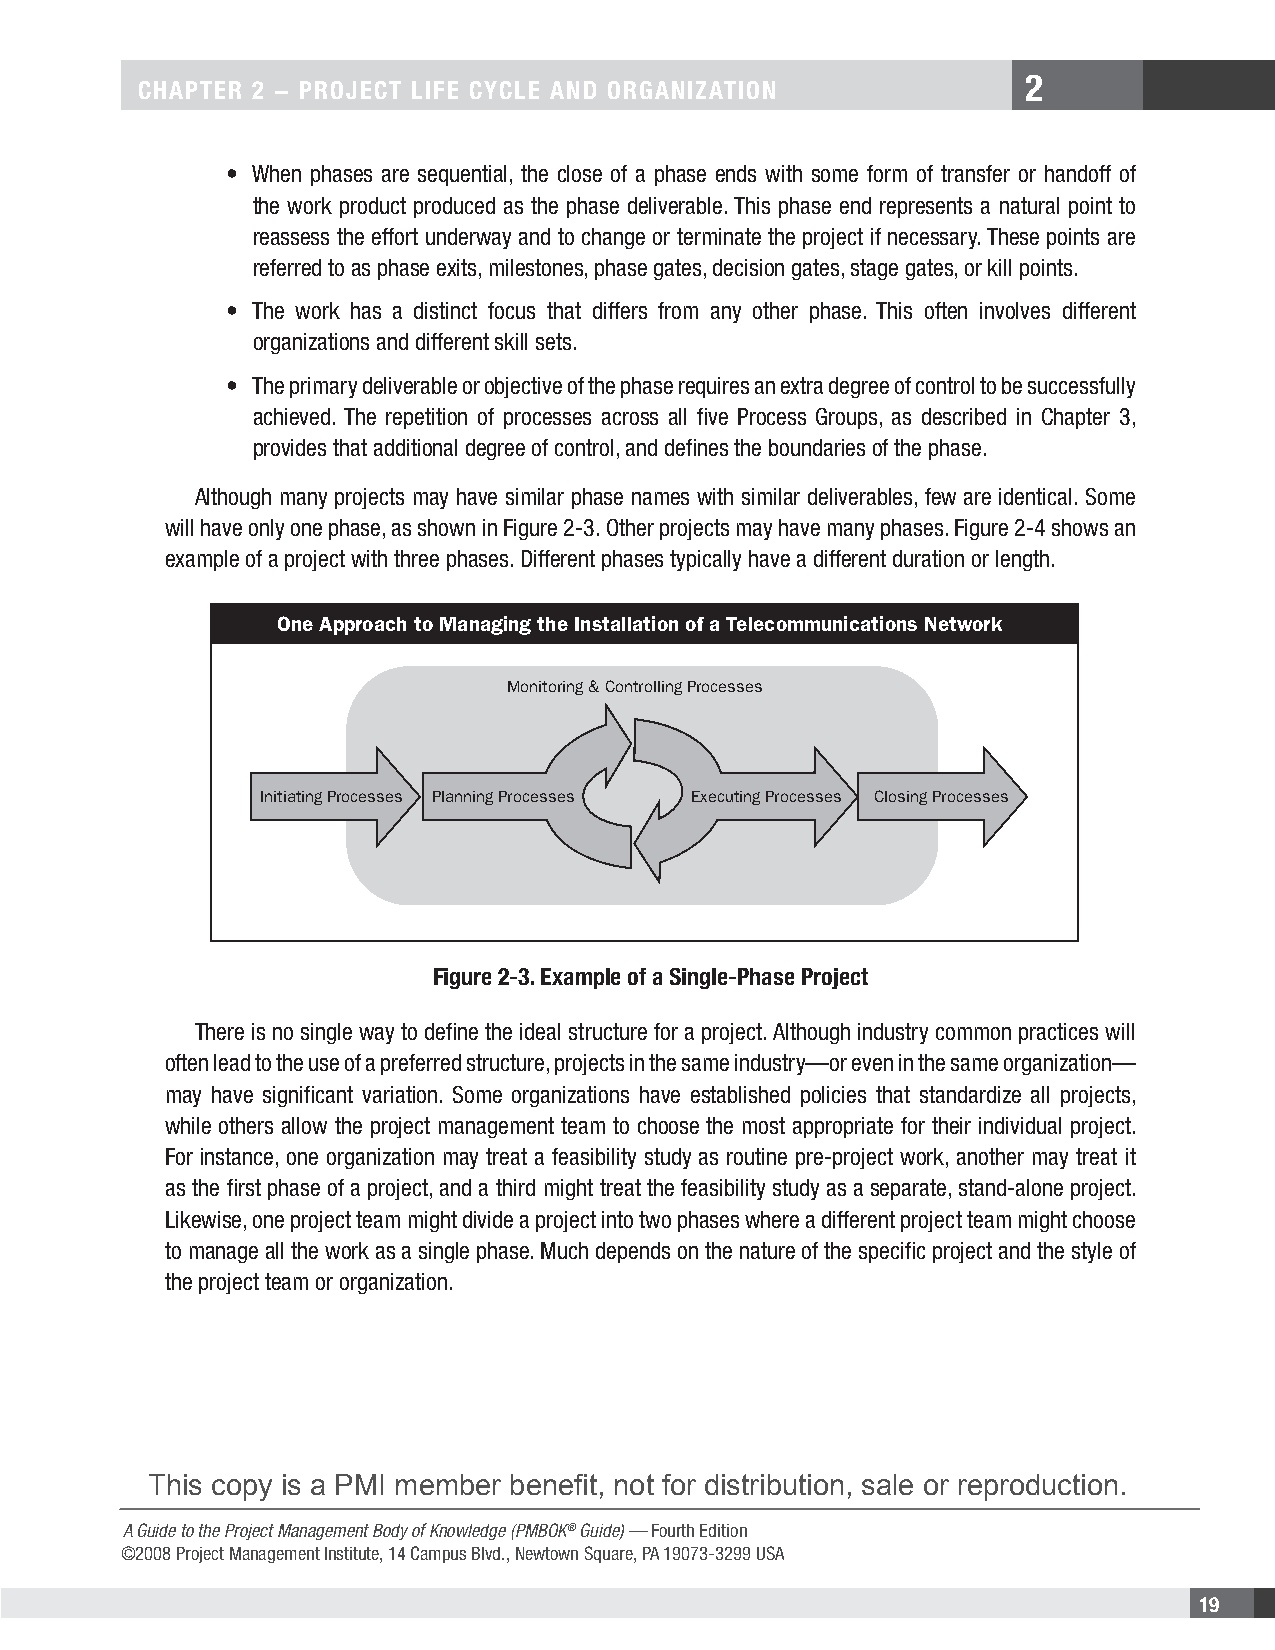
2
 CHAPTER 2 − PROJECT LIFE CYCLE AND ORGANIZATION
 • When phases are sequential, the close of a phase ends with some form of transfer or handoff of
 the work product produced as the phase deliverable. This phase end represents a natural point to
 reassess the effort underway and to change or terminate the project if necessary. These points are
 referred to as phase exits, milestones, phase gates, decision gates, stage gates, or kill points.
 • The work has a distinct focus that differs from any other phase. This often involves different
 organizations and different skill sets.
 • The primary deliverable or objective of the phase requires an extra degree of control to be successfully
 achieved. The repetition of processes across all five Process Groups, as described in Chapter 3,
 provides that additional degree of control, and defines the boundaries of the phase.
 Although many projects may have similar phase names with similar deliverables, few are identical. Some
 will have only one phase, as shown in Figure 2-3. Other projects may have many phases. Figure 2-4 shows an
 example of a project with three phases. Different phases typically have a different duration or length.
 One Approach to Managing the Installation of a Telecommunications Network
 Monitoring & Controlling Processes
 Initiating Processes Planning Processes Executing Processes Closing Processes
 Figure 2-3. Example of a Single-Phase Project
 There is no single way to define the ideal structure for a project. Although industry common practices will
 often lead to the use of a preferred structure, projects in the same industry—or even in the same organization—
 may have significant variation. Some organizations have established policies that standardize all projects,
 while others allow the project management team to choose the most appropriate for their individual project.
 For instance, one organization may treat a feasibility study as routine pre-project work, another may treat it
 as the first phase of a project, and a third might treat the feasibility study as a separate, stand-alone project.
 Likewise, one project team might divide a project into two phases where a different project team might choose
 to manage all the work as a single phase. Much depends on the nature of the specific project and the style of
 the project team or organization.
 This copy is a PMI member benefit, not for distribution, sale or reproduction.
 A Guide to the Project Management Body of Knowledge (PMBOK® Guide) — Fourth Edition
 ©2008 Project Management Institute, 14 Campus Blvd., Newtown Square, PA 19073-3299 USA
 19